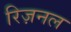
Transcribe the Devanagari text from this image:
रिज़नल